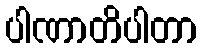
ပါဏာတိပါတာ